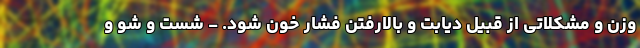
وزن و مشکلاتی از قبیل دیابت و بالارفتن فشار خون شود. - شست و شو و